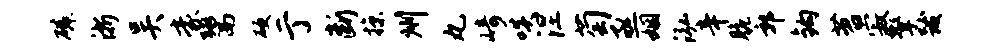
磷浙吴豪鬻硬亍断掠州丸崎啖涅萄亟姻泓辛脆郭钩苕寂擎跋